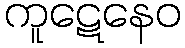
ကူဋေနေဝ